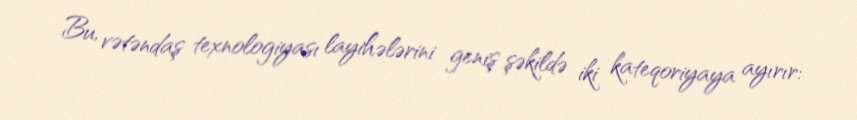
Bu, vətəndaş texnologiyası layihələrini geniş şəkildə iki kateqoriyaya ayırır: